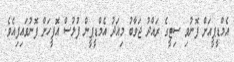
އެމްޑީޕީއަށް ފޮނުވި ސިޓީގެ ރައްދު ޖަވާބު މިއަދު އެމްޑީޕީން ފުލުސް އޮފީހަށް ފޮނުވައިފިއެވެ.